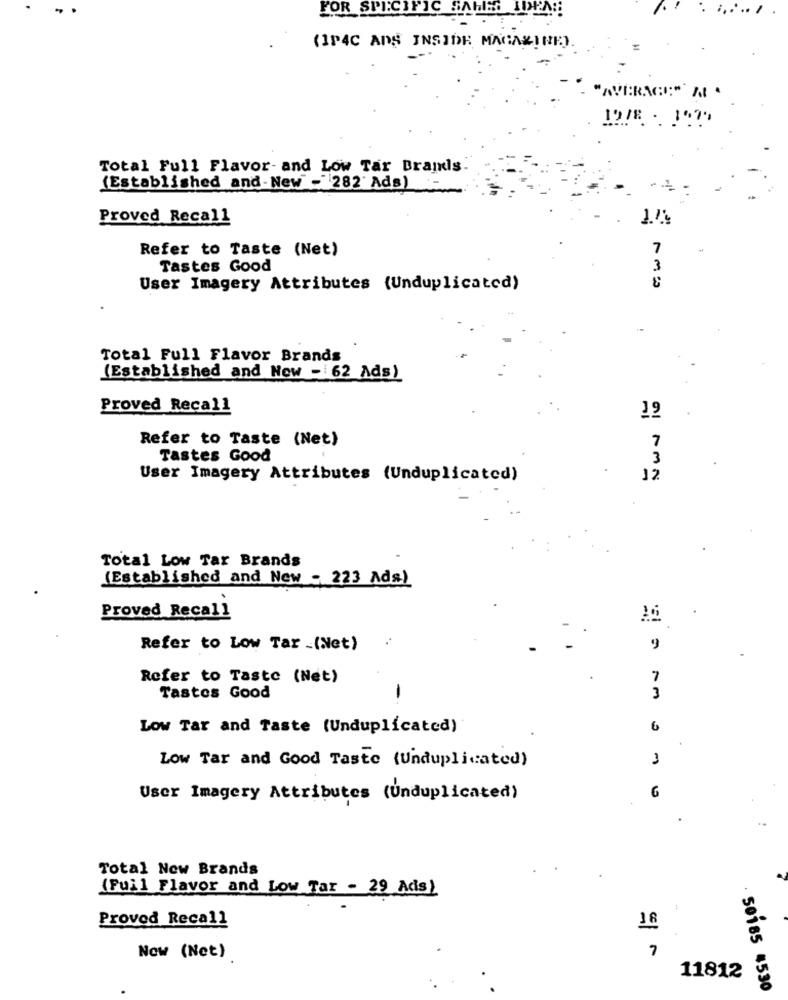
FOR SPECIFIC SAHE LDEN !!
(IP4C ADS INSIDE MAGAZINE).
"AVERAGE:"' M .
Total Full Flavor- and Low Tar Braids
(Established and- New - 282 Ads)
Proved Recall
Refer to Taste (Net)
7
Tastes Good
3
User Imagery Attributes (Unduplicated)
Total Full Flavor Brands
(Established and Now - 62 Ads)
Proved Recall
19
7
Refer to Taste (Net)
Tastes Good
3
User Imagery Attributes (Unduplicated)
12
Total Low Tar Brands
(Established and New - 223 Ads)
Proved Recall
Refer to Low Tar (Net)
9
Refer to Taste (Net)
7
3
Tastes Good
Low Tar and Taste (Unduplicated)
6
Low Tar and Good Taste (Unduplicated)
1
User Imagery Attributes (Unduplicated)
Total New Brands
(Fuil Flavor and Low Tar - 29 Ads)
Proved Recall
7
Now (Net)
11812
50185 4530